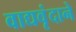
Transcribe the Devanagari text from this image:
वाद्यवृंदाने